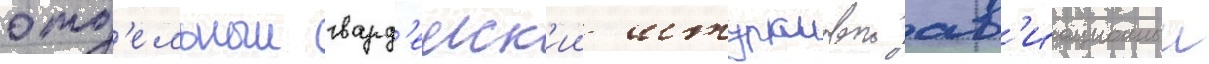
отд'ельныи гвард'еиск'ии штурмовои ав'иационныи